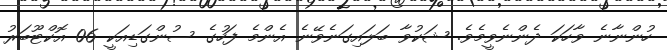
ހުންނާނެ ވާހަކަ ދެންނެވީމެވެ. ޝަކުވާ ބަލައިގަނެވޭނެ އެންމެ ފަހުގެ ސުންގަޑިއަކީ 06 އޮކްޓޫބަރު